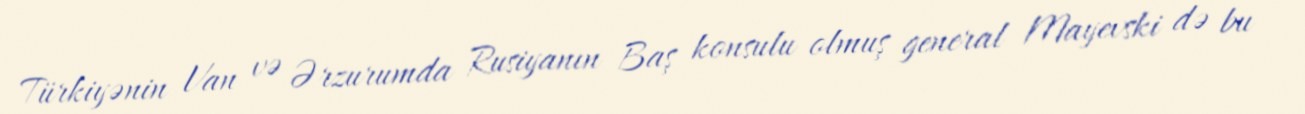
Türkiyənin Van və Ərzurumda Rusiyanın Baş konsulu olmuş general Mayevski də bu